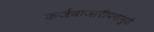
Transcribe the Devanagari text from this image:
कर्जबाजारीपणामुळे